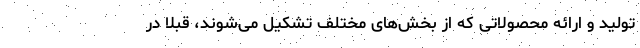
تولید و ارائه محصولاتی که از بخش‌های مختلف تشکیل می‌‌شوند، قبلا در